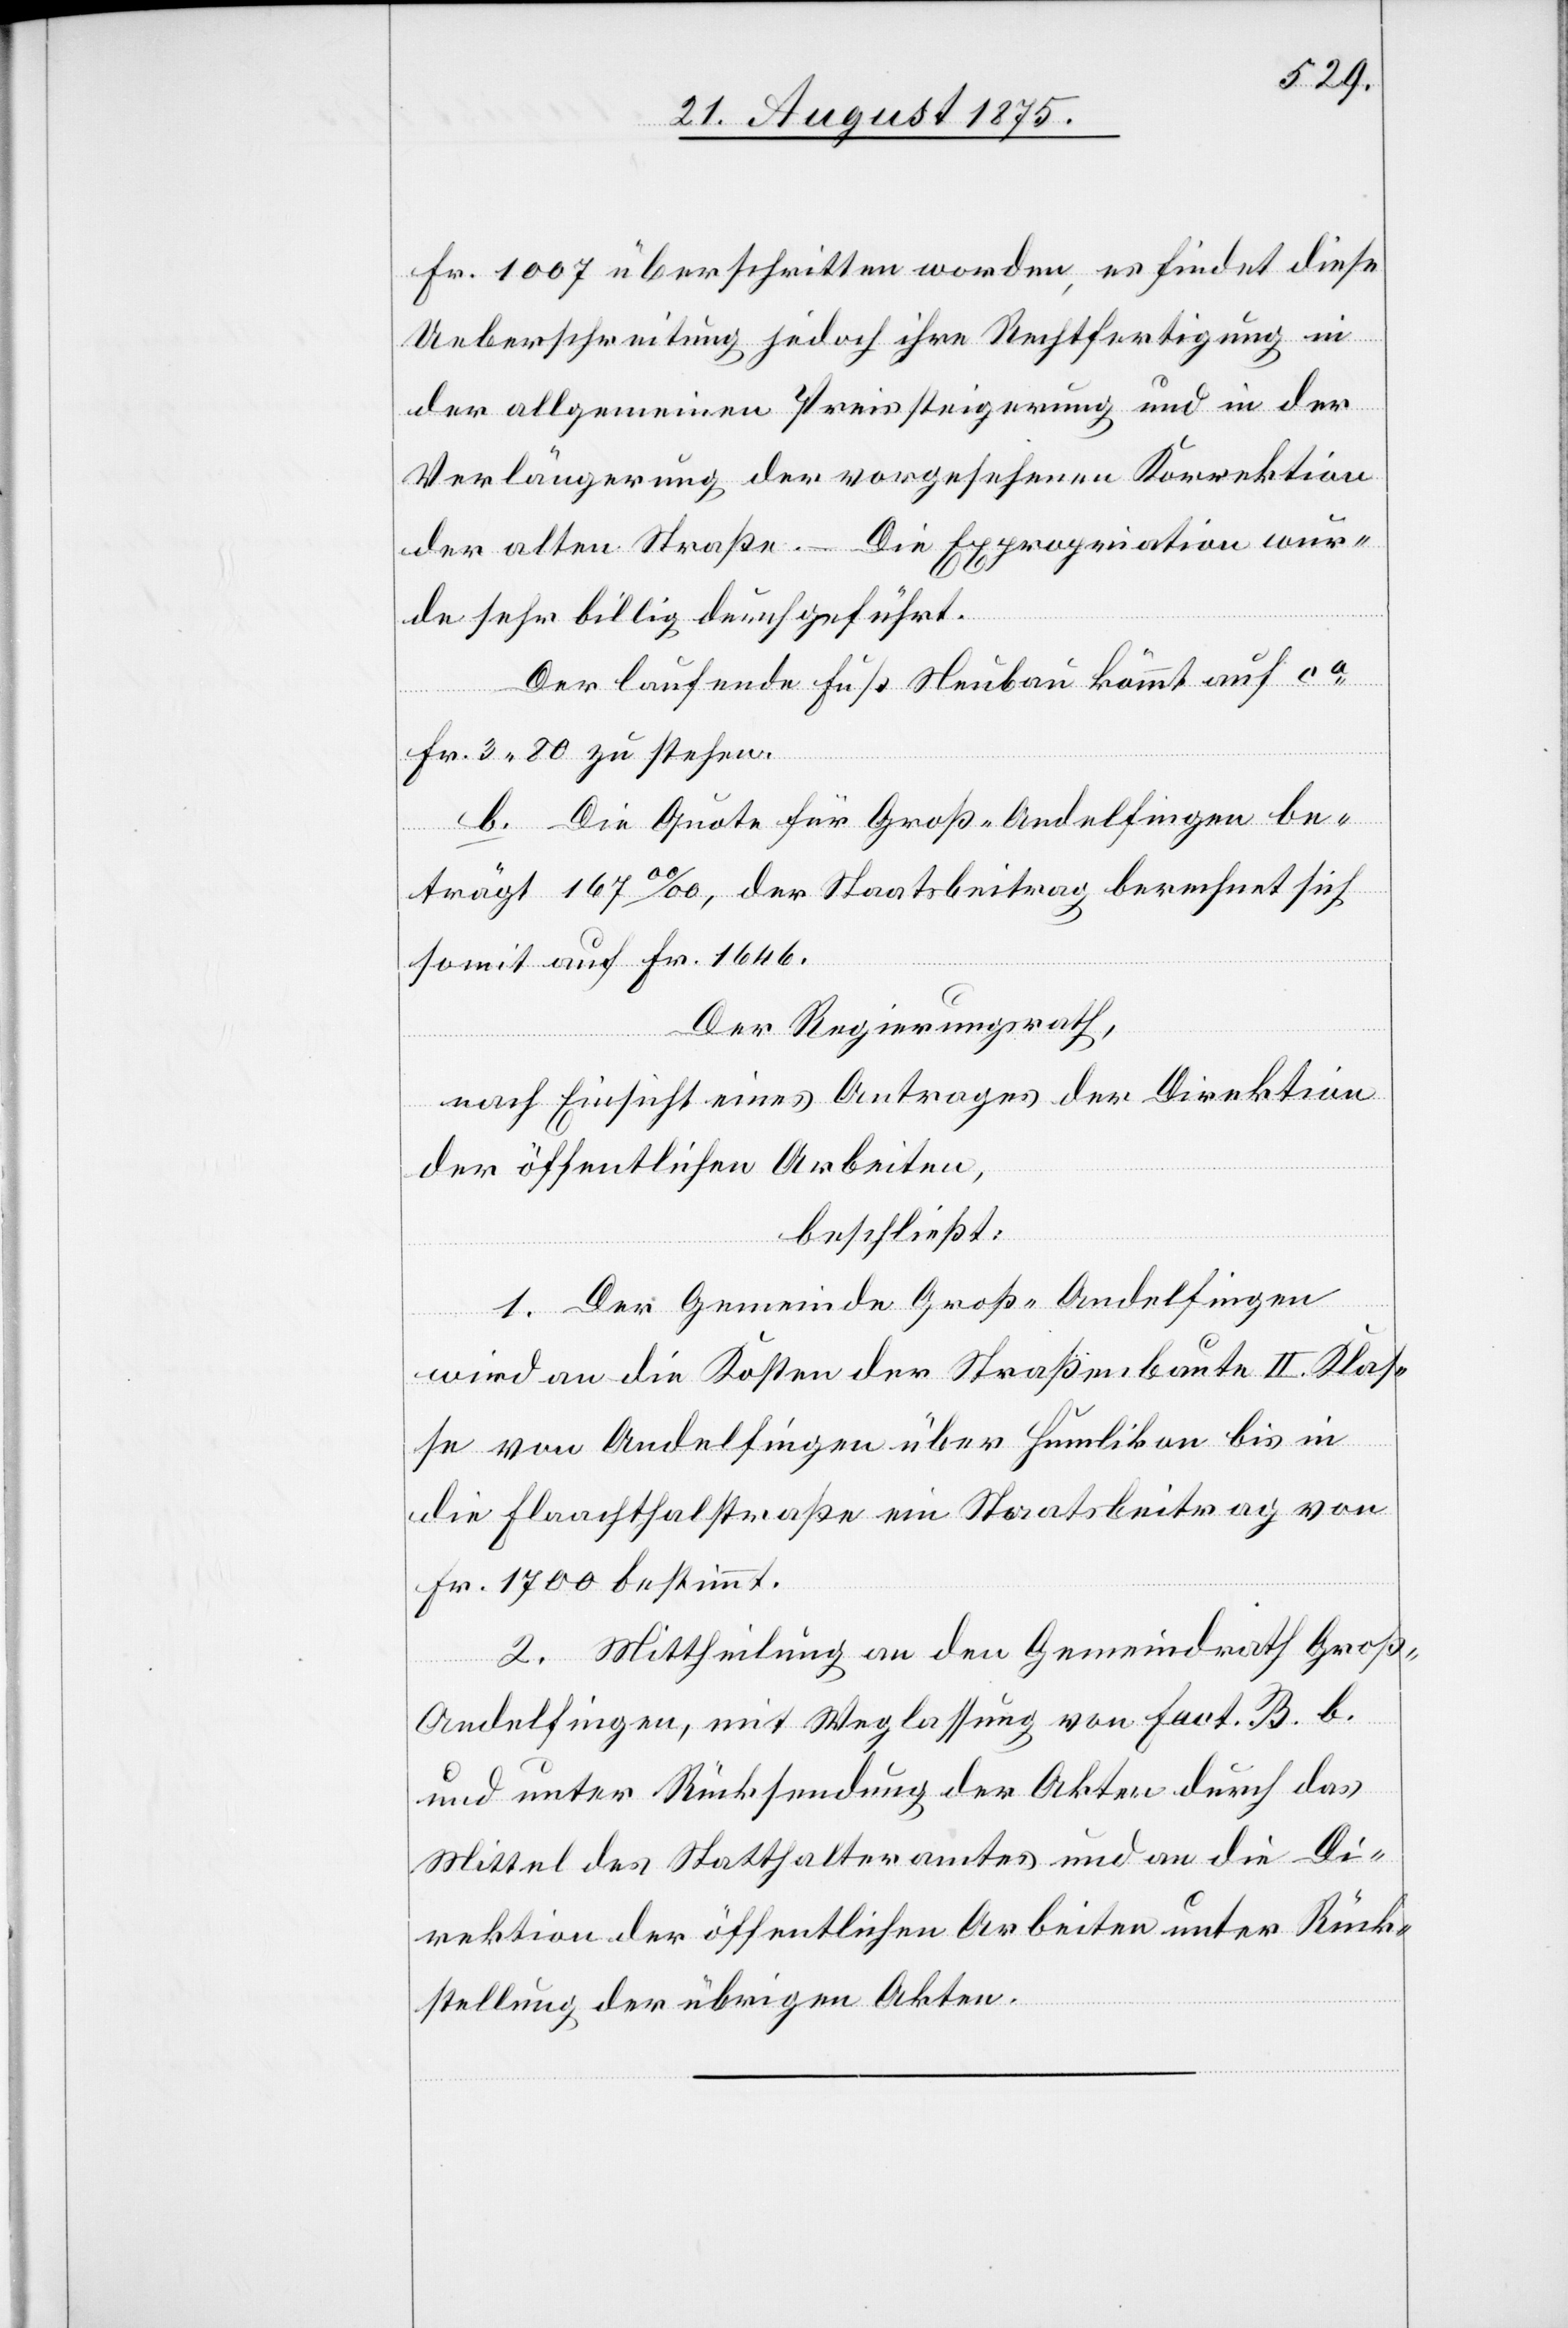
Fr. 1007 überschritten worden, es findet diese
Ueberschreitung jedoch ihre Rechtfertigung in
der allgemeinen Preissteigerung und in der
Verlängerung der vorgesehenen Korrektion
der alten Straße. – Die Expropriation wur¬
de sehr billig durchgeführt.
Der laufende Fuß Neubau kommt auf ca
Fr. 3 80 zu stehen.
b. Die Quote für Groß-Andelfingen be¬
trägt 167‰, der Staatsbeitrag berechnet sich
somit auf Fr. 1646.
Der Regierungsrath,
nach Einsicht eines Antrages der Direktion
der öffentlichen Arbeiten,
beschließt:
1. Der Gemeinde Groß-Andelfingen
wird an die Kosten der Straßenbaute II. Klas¬
se von Andelfingen über Humlikon bis in
die Flaachthalstraße ein Staatsbeitrag von
Fr. 1700 bestimmt.
2. Mittheilung an den Gemeindrath Groß-A¬
ndelfingen, mit Weglassung von fact. B. b.
und unter Rücksendung der Akten durch das
Mittel des Statthalteramts und an die Di¬
rektion der öffentlichen Arbeiten unter Rück¬
stellung der übrigen Akten.